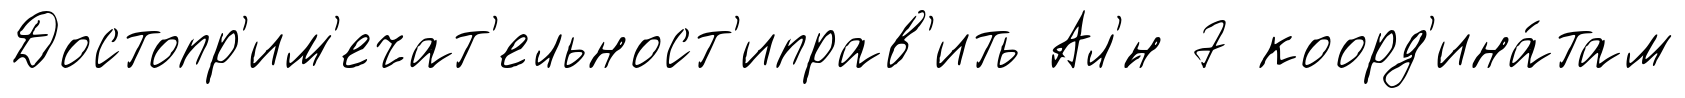
Достопр'им'ечат'ельност'иправ'ить Ал'́н 7 коорд'ина́там